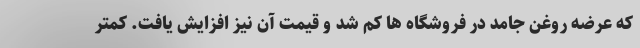
که عرضه روغن جامد در فروشگاه ها کم شد و قیمت آن نیز افزایش یافت. کمتر